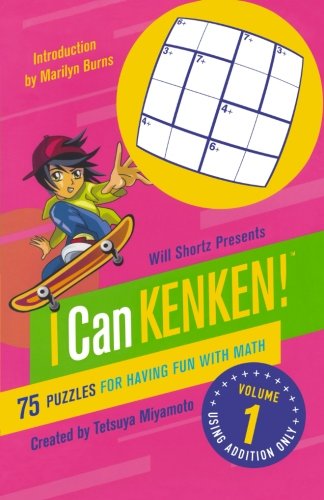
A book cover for Will Shortz Presents I Can KenKen! Volume 1: 75 Puzzles for Having Fun with Math; Tetsuya Miyamoto; Humor & Entertainment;